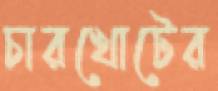
চারখোটের